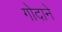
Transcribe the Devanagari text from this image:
गोदाने